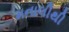
મનાલીથી